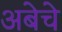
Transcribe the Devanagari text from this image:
अबेचे